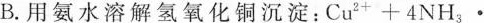
B.用氨水溶解氢氧化铜沉淀：Cu^{2+}+4NH_{3}·